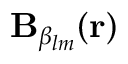
\mathbf { B } _ { \beta _ { l m } } ( \mathbf { r } )